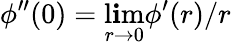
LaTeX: \phi^{\prime\prime}(0)=\operatorname*{l\mathbf{i}m}_{r\to0}\phi^{\prime}(r)/r